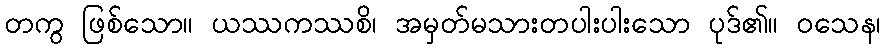
တကွ ဖြစ်သော။ ယဿကဿစိ၊ အမှတ်မသားတပါးပါးသော ပုဒ်၏။ ဝသေန၊